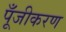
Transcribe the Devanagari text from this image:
पूँजीकरण